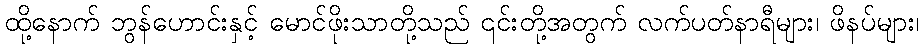
ထို့နောက် ဘွန်ဟောင်းနှင့် မောင်ဖိုးသာတို့သည် ၎င်းတို့အတွက် လက်ပတ်နာရီများ၊ ဖိနပ်များ၊